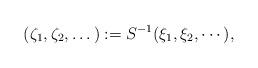
LaTeX: \begin{align*} (\zeta_1,\zeta_2,\dots): = S^{-1}(\xi_1,\xi_2,\cdots),\end{align*}